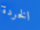
الخردة